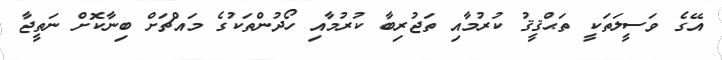
އޭގެ ވަސީލަތަކީ ތަޙްޤީޤު ކުރުމާއި ތަޖުރިބާ ކުރުމާއި ހޯދުންތަކުގެ މައްޗަށް ބިނާކޮށް ނަތީޖާ